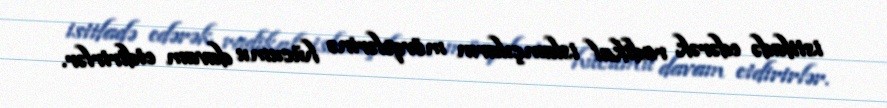
istifadə edərək radikal islamçıların mövqelərinə hücumu davam etdirirlər.